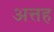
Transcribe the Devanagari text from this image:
अत्तह